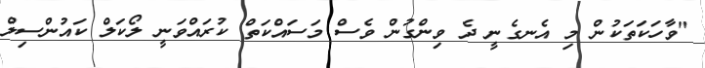
"ވާހަކަތަކުން މި އެނގެނީ ދެ ވިންގުން ވެސް މަސައްކަތް ކުރައްވަނީ ލޯކަލް ކައުންސިލް